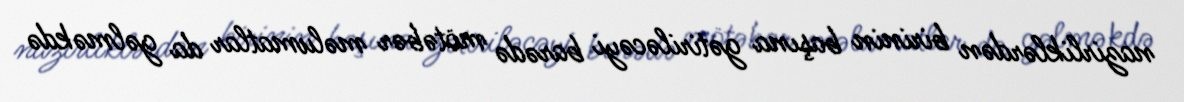
nazirliklərdən birinin başına gətiriləcəyi barədə mötəbər məlumatlar da gəlməkdə